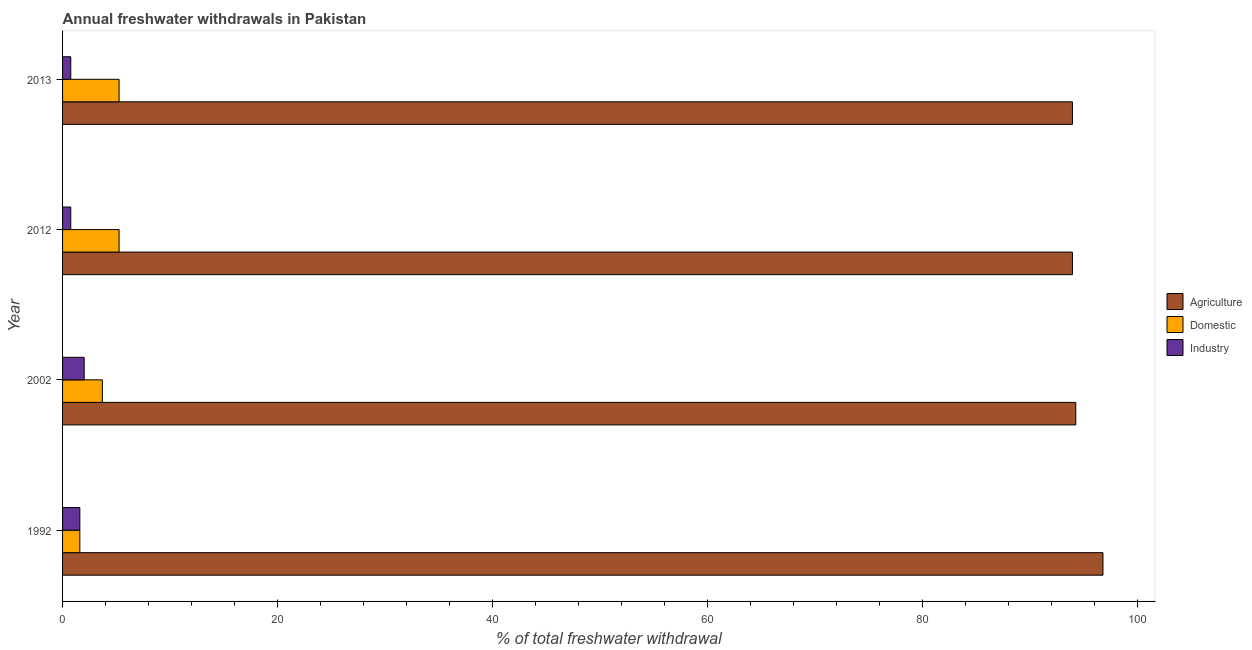
| Year | Agriculture | Domestic | Industry |
 | --- | --- | --- | --- |
 | 1992 | 96.8 | 1.61 | 1.61 |
 | 2002 | 94.3 | 3.7 | 2.01 |
 | 2012 | 94 | 5.26 | 0.763 |
 | 2013 | 94 | 5.26 | 0.763 |